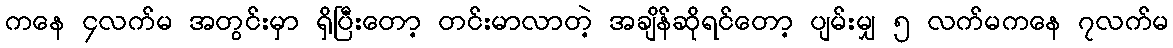
ကနေ ၄လက်မ အတွင်းမှာ ရှိပြီးတော့ တင်းမာလာတဲ့ အချိန်ဆိုရင်တော့ ပျမ်းမျှ ၅ လက်မကနေ ၇လက်မ